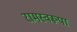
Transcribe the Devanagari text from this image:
रामस्वरूपा